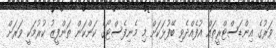
ވަރުގެ އިންޑަސްޓްރީތައް އުފެއްދެވި ބޭފުޅަކަށް މި މެނިފެސްޓޯގެ ކަންކަން ތަންފީޒު ކުރުމަކީ ވަރަށް